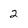
Character: 2